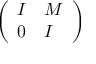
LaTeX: \left( \begin{array} { l l } { I } & { M } \\ { 0 } & { I } \end{array} \right)